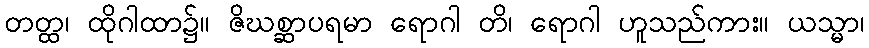
တတ္ထ၊ ထိုဂါထာ၌။ ဇိဃစ္ဆာပရမာ ရောဂါ တိ၊ ရောဂါ ဟူသည်ကား။ ယသ္မာ၊